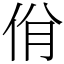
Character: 佾